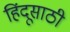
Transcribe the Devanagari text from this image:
हिंदूसाठी